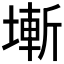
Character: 𡐛